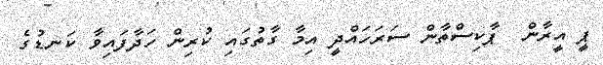
ޕީ އީރާން  ޕާކިސްތާން ސަރަހައްދީ އިމާ ގާތުގައި ކުރިން ހަދާފައިވާ ކަނޑުގެ